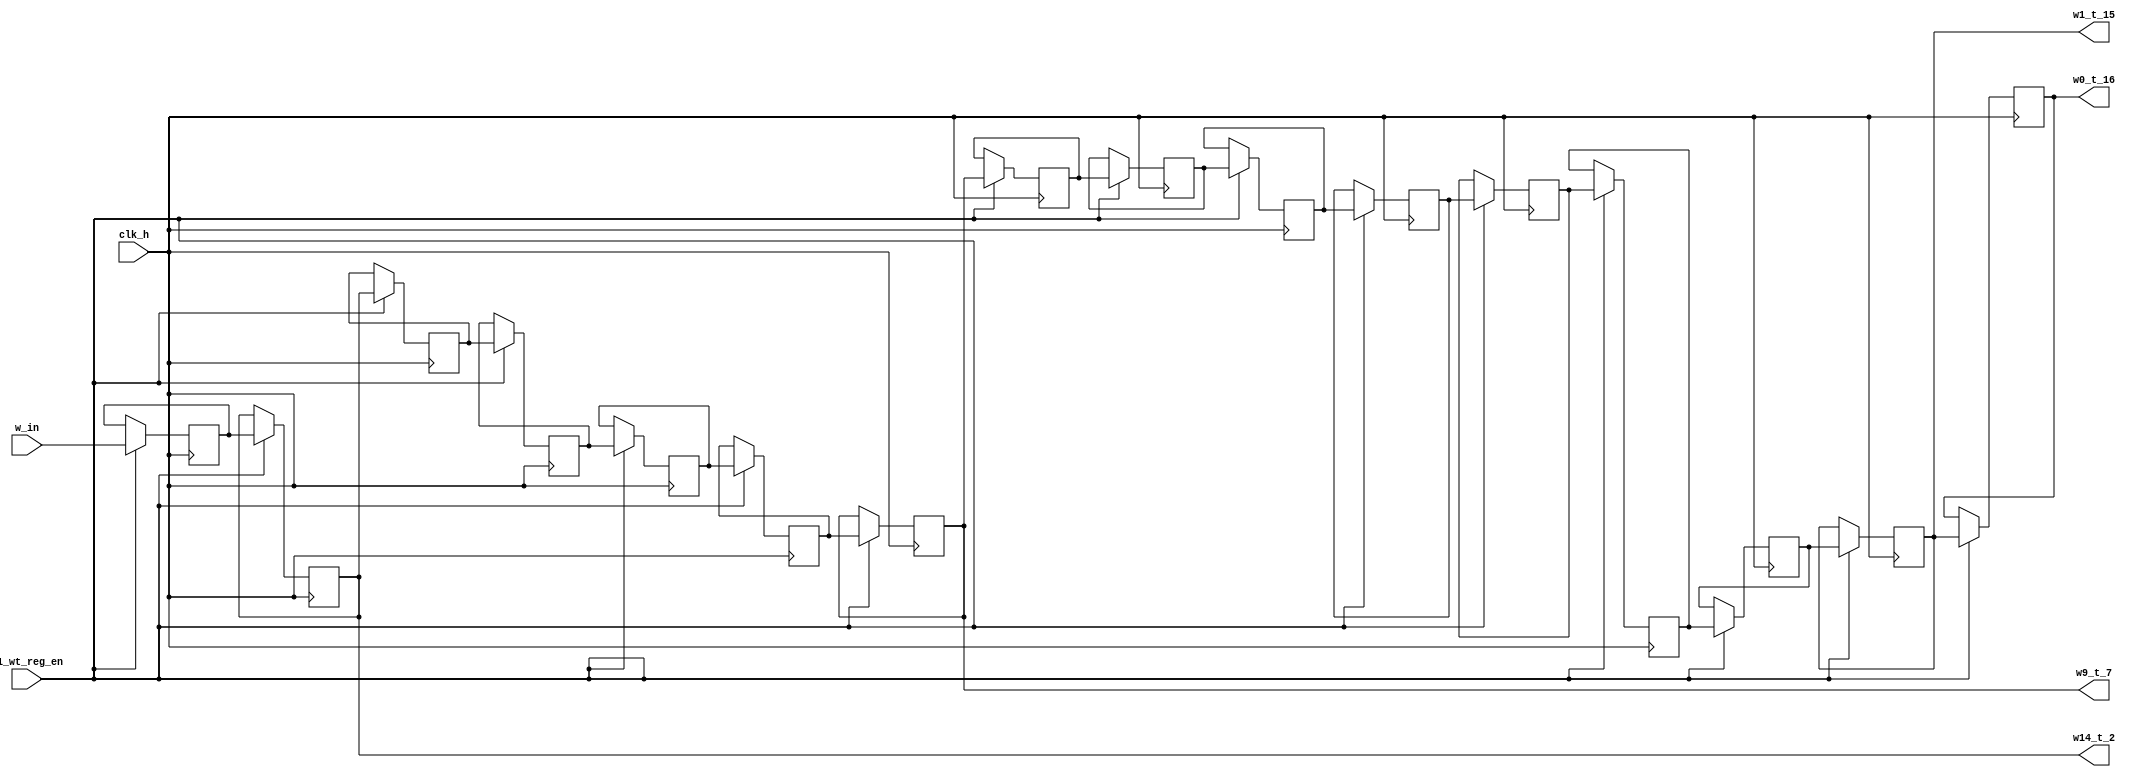
module m1_wt_reg//                          
(
	input clk_h, 
	input m1_wt_reg_en,
	input [31:0] 	w_in,
//	
	output reg 	[31:0] 	w14_t_2 = 32'b0,
	output reg 	[31:0] 	w9_t_7 = 32'b0,	
	output reg	[31:0] 	w1_t_15 = 32'b0,						
	output reg	[31:0] 	w0_t_16 = 32'b0
);
//

reg [31:0]		w15 = 32'b0;
reg [31:0]		w13 = 32'b0;
reg [31:0]		w12 = 32'b0;
reg [31:0]		w11 = 32'b0;
reg [31:0]		w10 = 32'b0;
reg [31:0]		w8 = 32'b0;
reg [31:0]		w7 = 32'b0;
reg [31:0]		w6 = 32'b0;
reg [31:0]		w5 = 32'b0;
reg [31:0]		w4 = 32'b0;
reg [31:0]		w3 = 32'b0;
reg [31:0]		w2 = 32'b0;


always @ (posedge clk_h)
				if (m1_wt_reg_en)
					begin
						w15 <= w_in;
						w14_t_2 <= w15;
						w13 <= w14_t_2;
						w12 <= w13;
						w11 <= w12;
						w10 <= w11;
					end

//
always @ (posedge clk_h)
				if (m1_wt_reg_en)
				begin
						w9_t_7 <= w10;
						w8 <= w9_t_7;
						w7 <= w8;
						w6 <= w7;
						w5 <= w6;
						w4 <= w5;
						w3 <= w4;
						w2 <= w3;
						w1_t_15 <= w2;
						w0_t_16 <= w1_t_15;
				end

endmodule